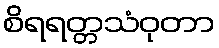
စိရရတ္တသံဝုတာ